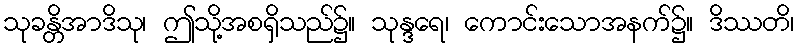
သုခန္တိအာဒိသု၊ ဤသို့အစရှိသည်၌။ သုန္ဒရေ၊ ကောင်းသောအနက်၌။ ဒိဿတိ၊